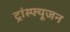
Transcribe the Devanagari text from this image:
ट्रांस्फ्यूजन